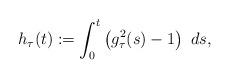
LaTeX: \begin{align*} h_\tau(t):= \int_{0}^t \left(g_\tau^2(s) - 1\right)\ ds,\end{align*}